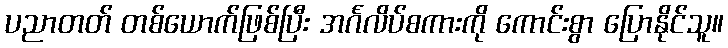
ပညာတတ် တစ်ယောက်ဖြစ်ပြီး အင်္ဂလိပ်စကားကို ကောင်းစွာ ပြောနိုင်သူ။